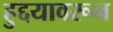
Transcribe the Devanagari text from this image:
हुद्दयावरून